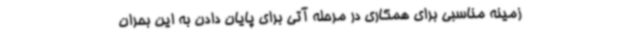
زمینه مناسبی برای همکاری در مرحله آتی برای پایان دادن به این بحران